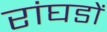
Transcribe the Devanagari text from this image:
रांघडों